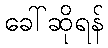
ခေါ်ဆိုရန်